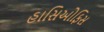
હાસિઓફિસ